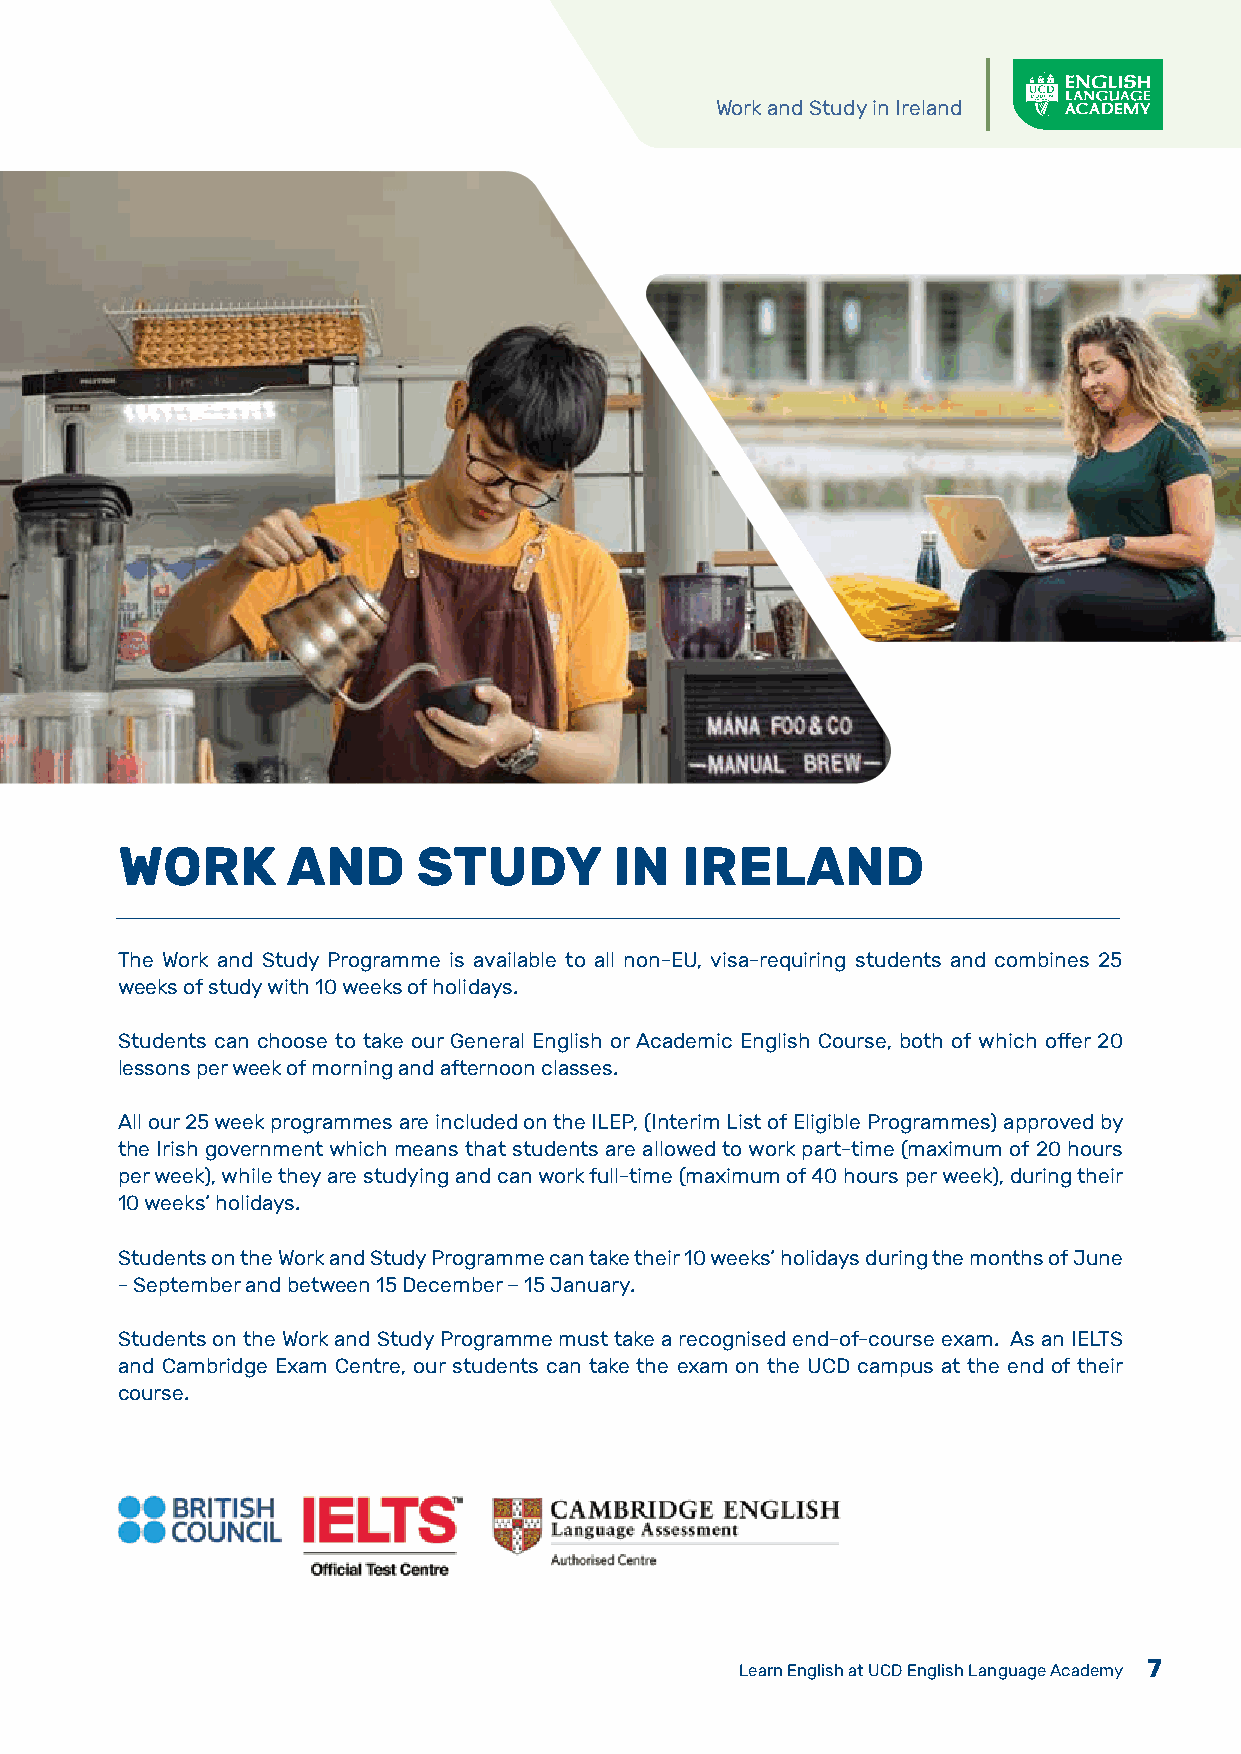
Work and Study in Ireland
 WORK       AND      STUDY        IN  IRELAND
 The Work and Study Programme is available to all non-EU, visa-requiring students and combines 25
 weeks of study with 10 weeks of holidays.
 Students can choose to take our General English or Academic English Course, both of which offer 20
 lessons per week of morning and afternoon classes.
 All our 25 week programmes are included on the ILEP, (Interim List of Eligible Programmes) approved by
 the Irish government which means that students are allowed to work part-time (maximum of 20 hours
 per week), while they are studying and can work full-time (maximum of 40 hours per week), during their
 10 weeks’ holidays.
 Students on the Work and Study Programme can take their 10 weeks’ holidays during the months of June
 - September and between 15 December – 15 January.
 Students on the Work and Study Programme must take a recognised end-of-course exam. As an IELTS
 and Cambridge Exam Centre, our students can take the exam on the UCD campus at the end of their
 course.
 Learn English at UCD English Language Academy 7